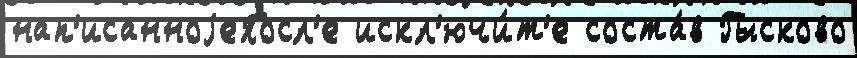
нап'исанноjеПосл'е искл'ючи́т'е соста́в Гысково